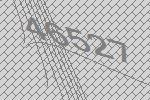
46527